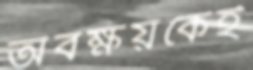
অবক্ষয়কেই